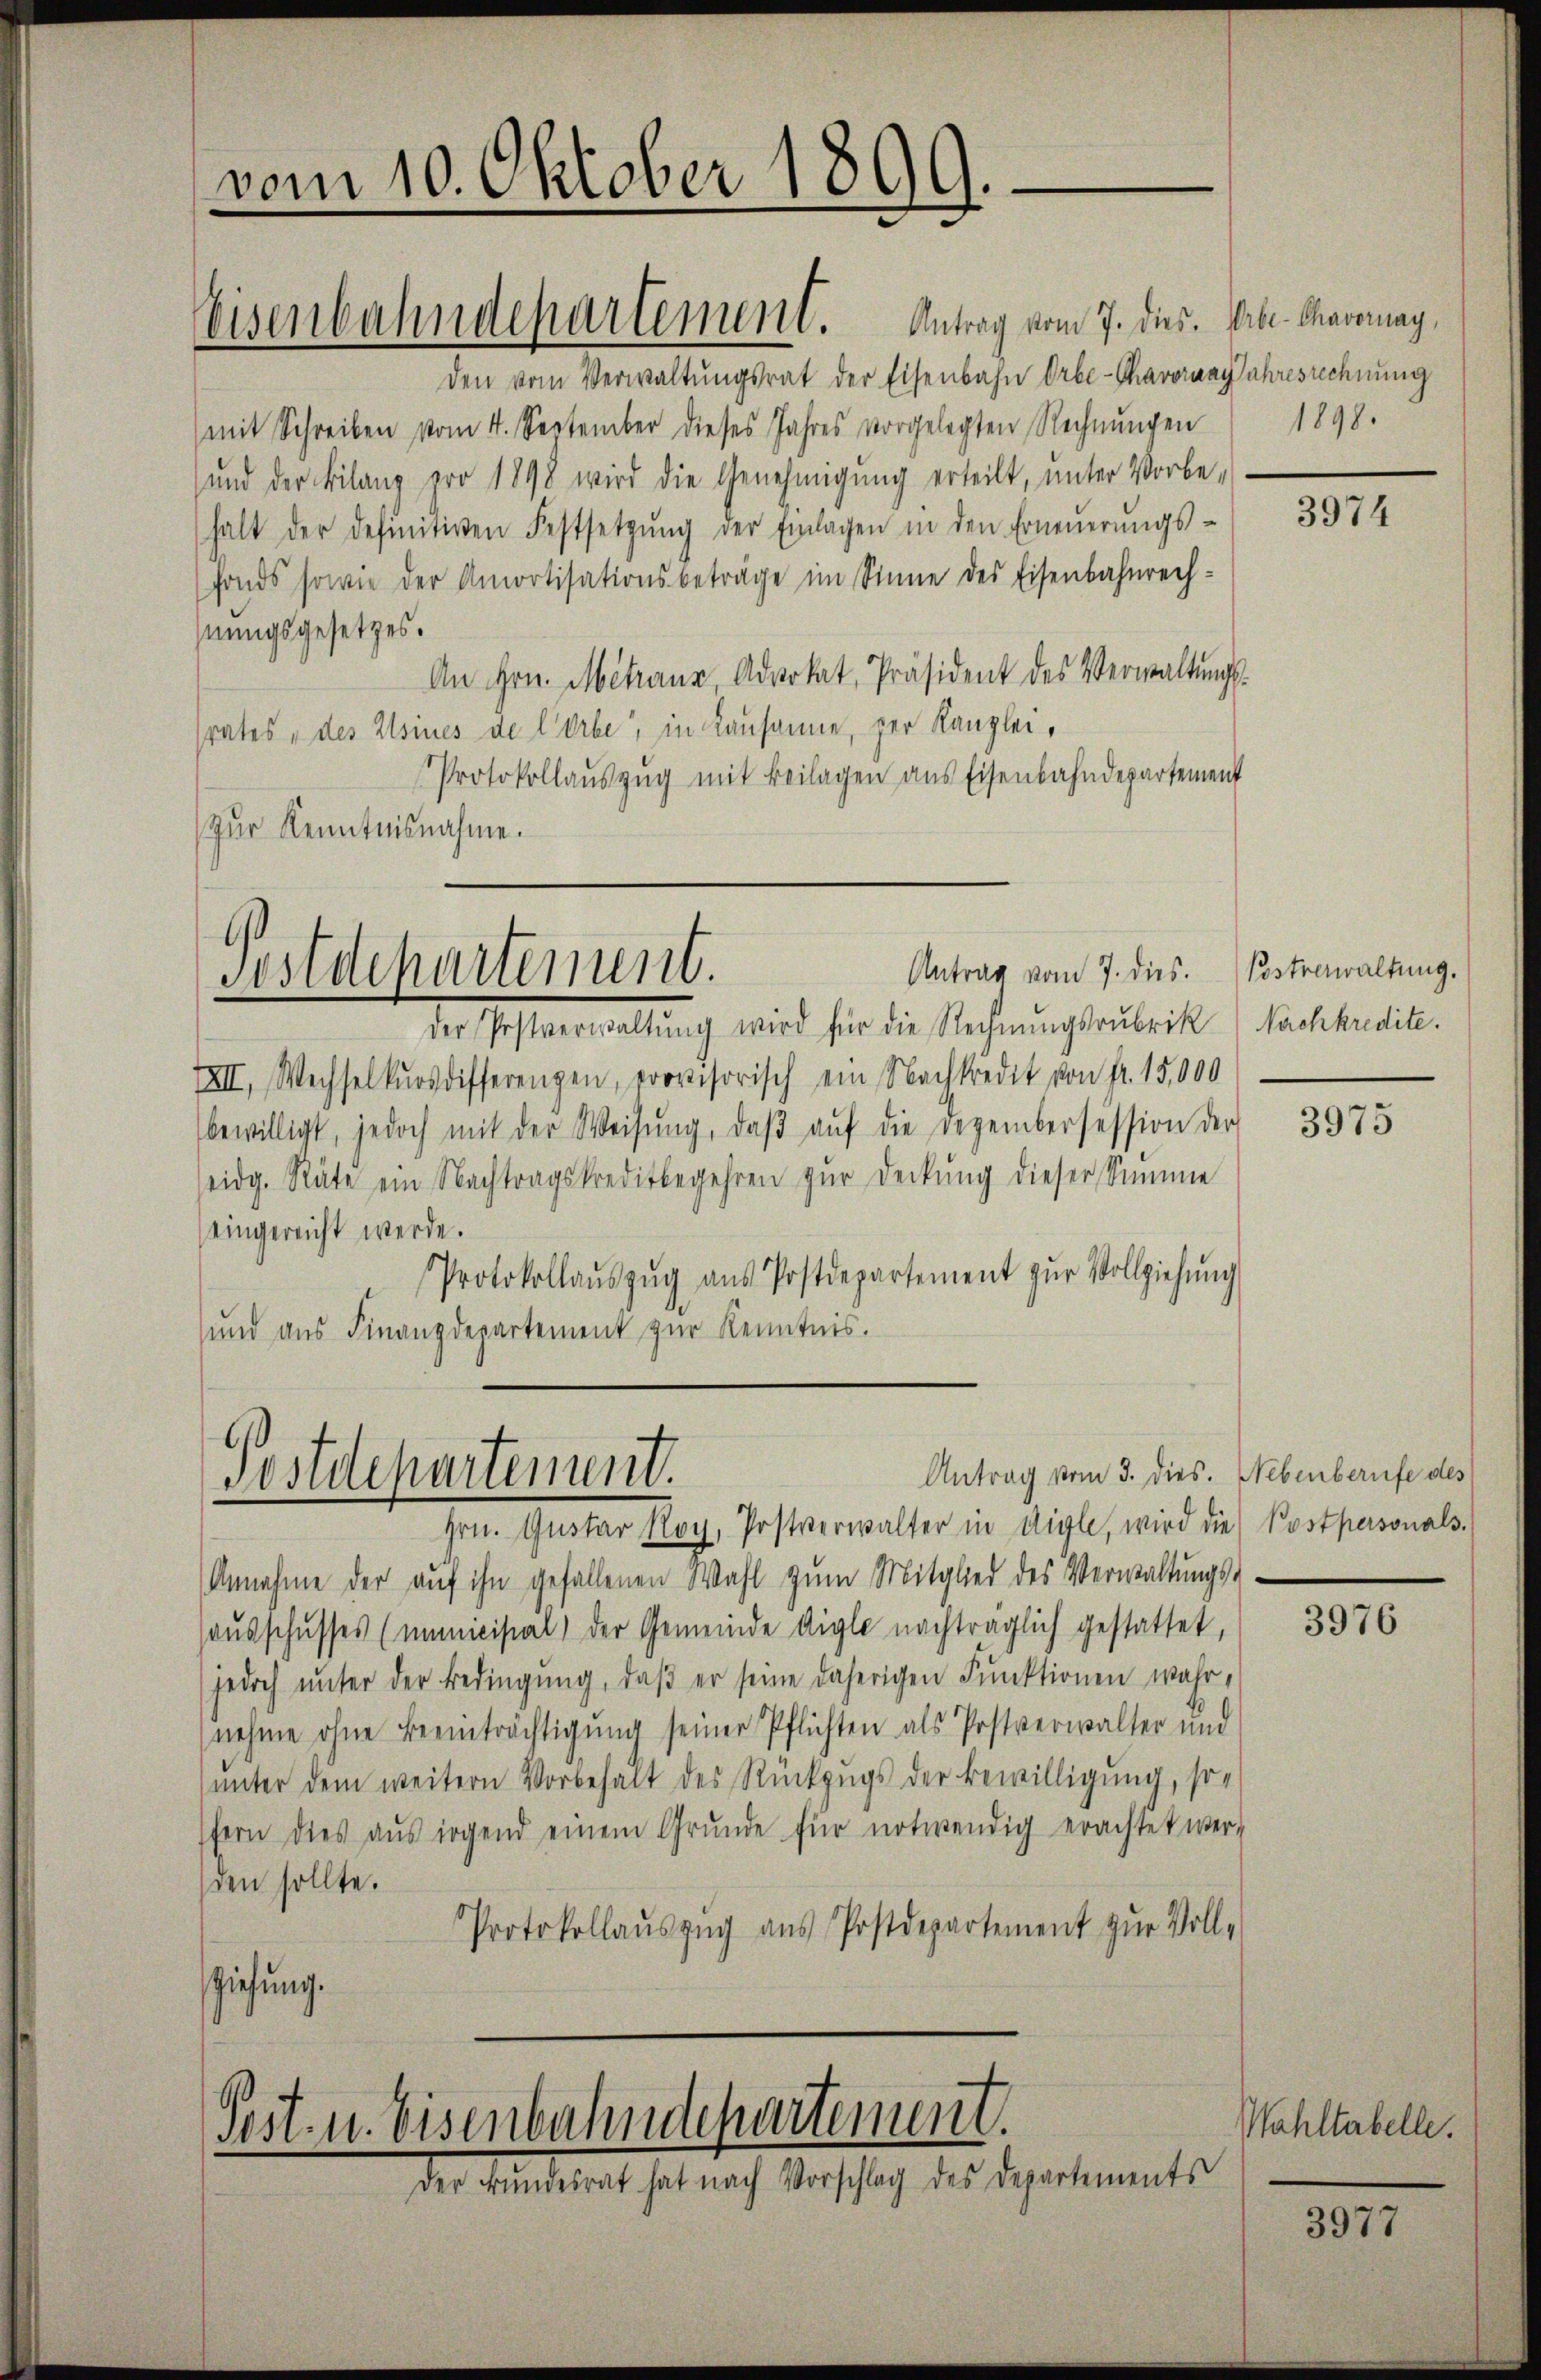
vom 10. Oktober 1899.
e

den vom Verwaltungsrat der Eisenbahn Orbe-Thavorang Jahresrechnung
mit Schreiben vom 4. September dieses Jahres vorgelegten Rechnŭngen
und der Bilanz ero 1898 wird die Genehmigŭng erteilt, ŭnter Vorbe-
halt der definitiven Festsetzŭng der Einlagen in den Erneŭerŭngs-
fonds sowie der Amortisationsbeträge im Sinne des Eisenbahnrechhnungsgesetzes.
An Hrn. Mitraur, Advokat, Präsident des Verwaltŭngs-
srates „des Elsines de COrbe, in Lausanne, der Kanzlei,
Protokollaŭszŭg mit Beilagen ans Eisenbahndepartement
Zur Kenntnisnahme.

Eisenbahndepartement. Antrag vom 7. dies. Aber Caromag,

Antrag vom 7. dies. Postverwaltung.
Postdepartement.

Antrag vom 3. dies. Nebenberufe des
Postdepartement.

Post- u. Eisenbahndepartement.
Der Bŭndesrat hat nach Vorschlag des Departements

der Sohlenewaltung wird für die Segnungsratrikt (Sackhardt.
IXII. Wechselkursdifferenzen, provisorisch ein Nachkredit von fr. 15,000
bewilligt, jedoch mit der Weisŭng, daβ aŭf die Dezembersession der
eidg. Räte ein Nachtragskreditbegehren zŭr Deckŭng dieser Simme
eingereicht werde.
Protokollaŭszŭg aŭs Postdepartement zŭr Vollziehŭng
und aus Finanzdepartement zur Kenntnis.

hrn. Quotar Roy, Postverwalter in Aigle, wird die Postpersonals.
Annahme der aŭf ihn gefallenen Wahl zŭm Mitglied des Verwaltŭngs-
hausschusses (mimicisial) der Gemeinde Aigle nachträglich gestattet,
jedoch ŭnter der Bedingŭng, daβ er seine daherigen Funktionen wahr,
nehme ohne Beeinträchtigung seiner Pflichten als Postverwalter und
ŭnter dem weitern Vorbehalt des Rückzŭgs der Bewilligung, so-
fern dies aŭs irgend einem Grŭnde für notwendig erachtet wer-
sen sollte.
Protokollaŭszŭg aŭs Postdepartement zŭr Voll-
ziehung.

1898.

3974

3975

3976

Wahltabelle.

3977